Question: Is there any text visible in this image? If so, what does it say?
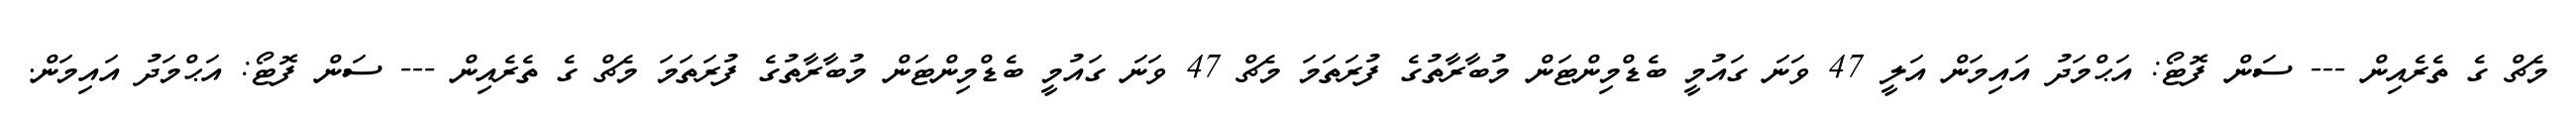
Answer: މެޗް ގެ ތެރެއިން --- ސަން ފޮޓޯ: އަޙްމަދު އައިމަން އަލީ 47 ވަނަ ގައުމީ ބެޑްމިންޓަން މުބާރާތުގެ ފުރަތަމަ މެޗް 47 ވަނަ ގައުމީ ބެޑްމިންޓަން މުބާރާތުގެ ފުރަތަމަ މެޗް ގެ ތެރެއިން --- ސަން ފޮޓޯ: އަޙްމަދު އައިމަން.